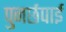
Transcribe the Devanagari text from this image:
पुनर्छपाई